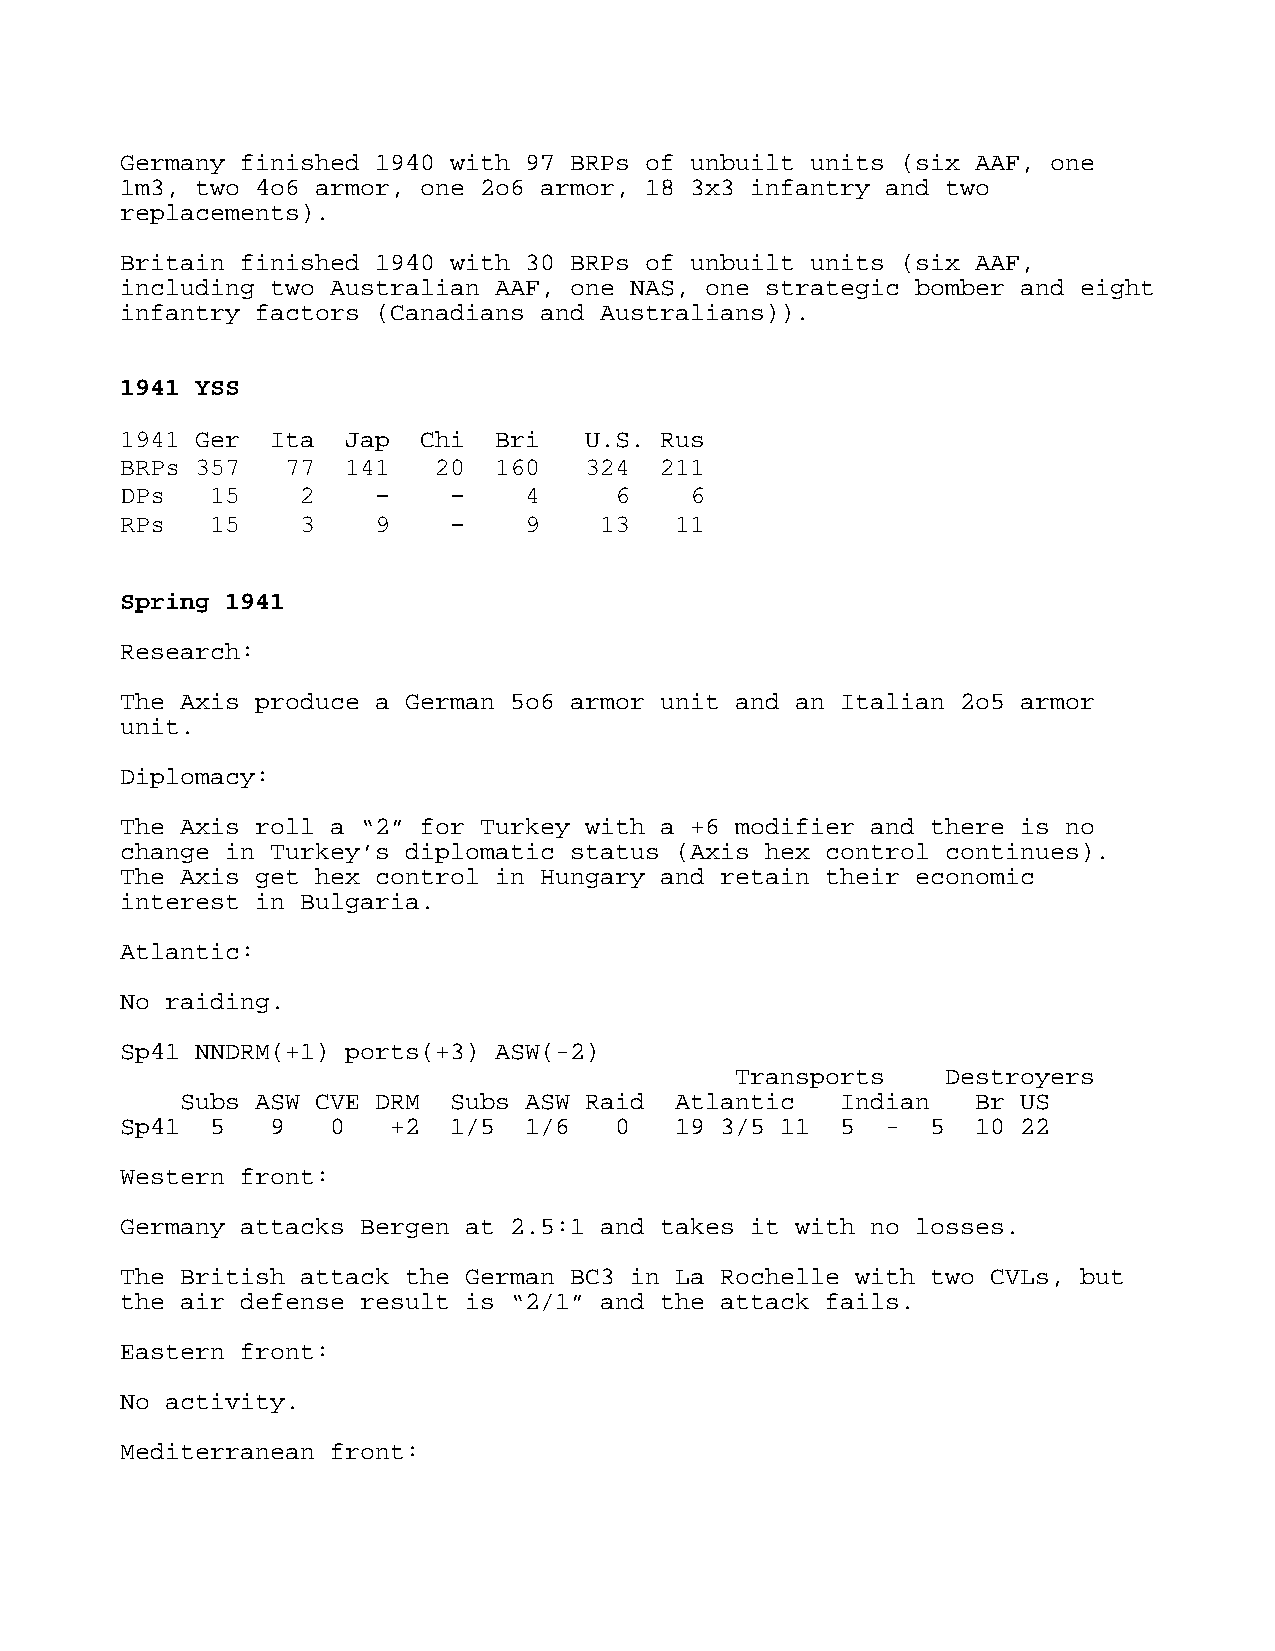
Germany finished 1940 with 97 BRPs of unbuilt units (six AAF, one
 1m3, two 4o6 armor, one 2o6 armor, 18 3x3 infantry and two
 replacements).
 Britain finished 1940 with 30 BRPs of unbuilt units (six AAF,
 including two Australian AAF, one NAS, one strategic bomber and eight
 infantry factors (Canadians and Australians)).
 1941 YSS
 1941 Ger  Ita  Jap  Chi  Bri   U.S. Rus
 BRPs 357   77  141   20  160   324  211
 DPs   15    2    -    -    4     6    6
 RPs   15    3    9    -    9    13   11
 Spring 1941
 Research:
 The Axis produce a German 5o6 armor unit and an Italian 2o5 armor
 unit.
 Diplomacy:
 The Axis roll a “2” for Turkey with a +6 modifier and there is no
 change in Turkey’s diplomatic status (Axis hex control continues).
 The Axis get hex control in Hungary and retain their economic
 interest in Bulgaria.
 Atlantic:
 No raiding.
 Sp41 NNDRM(+1) ports(+3) ASW(-2)
 Transports    Destroyers
 Subs ASW CVE DRM  Subs ASW Raid  Atlantic   Indian   Br US
 Sp41  5   9   0   +2  1/5  1/6   0   19 3/5 11  5  -  5  10 22
 Western front:
 Germany attacks Bergen at 2.5:1 and takes it with no losses.
 The British attack the German BC3 in La Rochelle with two CVLs, but
 the air defense result is “2/1” and the attack fails.
 Eastern front:
 No activity.
 Mediterranean front: